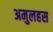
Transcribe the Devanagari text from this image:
अमुलहस